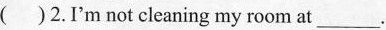
( ) 2.I'm not cleaning my room at\___.